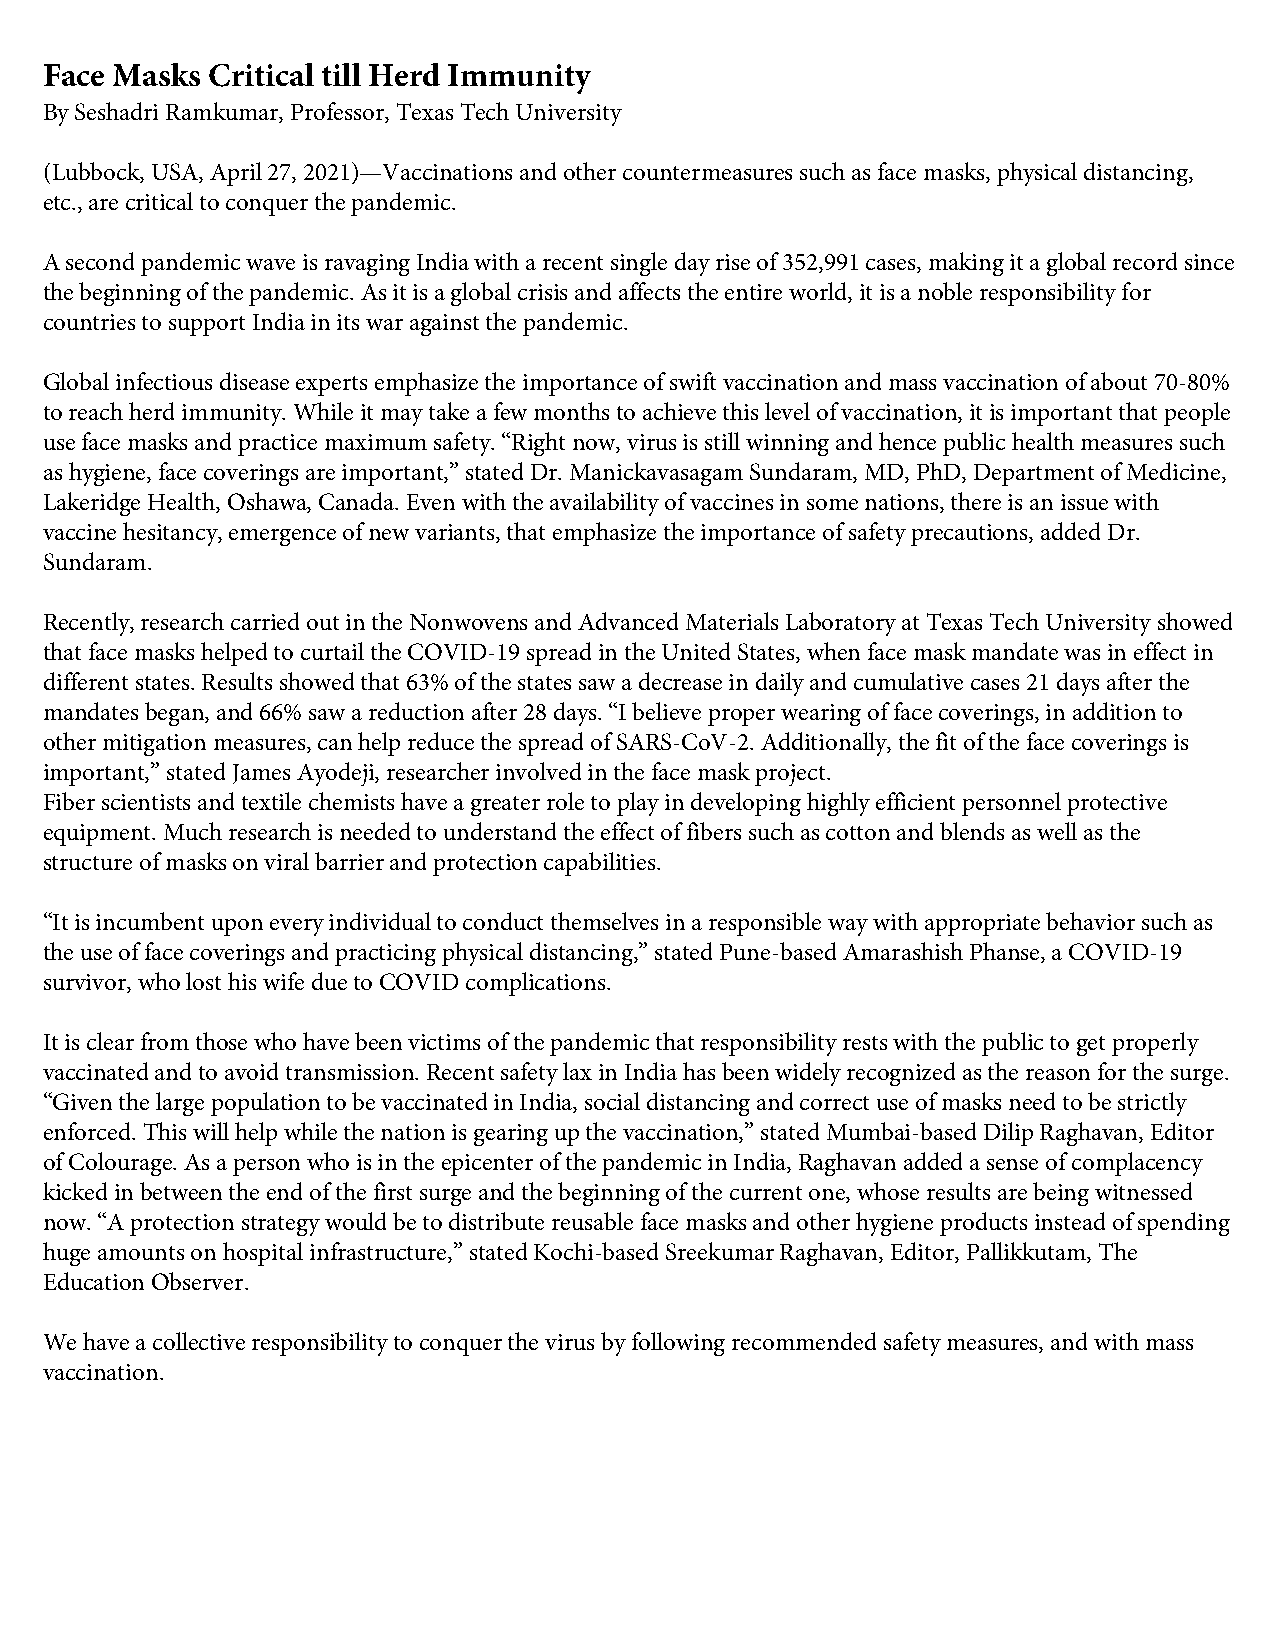
Face Masks Critical till Herd Immunity
 By Seshadri Ramkumar, Professor, Texas Tech University
 (Lubbock, USA, April 27, 2021)—Vaccinations and other countermeasures such as face masks, physical distancing,
 etc., are critical to conquer the pandemic.
 A second pandemic wave is ravaging India with a recent single day rise of 352,991 cases, making it a global record since
 the beginning of the pandemic. As it is a global crisis and affects the entire world, it is a noble responsibility for
 countries to support India in its war against the pandemic.
 Global infectious disease experts emphasize the importance of swift vaccination and mass vaccination of about 70-80%
 to reach herd immunity. While it may take a few months to achieve this level of vaccination, it is important that people
 use face masks and practice maximum safety. “Right now, virus is still winning and hence public health measures such
 as hygiene, face coverings are important,” stated Dr. Manickavasagam Sundaram, MD, PhD, Department of Medicine,
 Lakeridge Health, Oshawa, Canada. Even with the availability of vaccines in some nations, there is an issue with
 vaccine hesitancy, emergence of new variants, that emphasize the importance of safety precautions, added Dr.
 Sundaram.
 Recently, research carried out in the Nonwovens and Advanced Materials Laboratory at Texas Tech University showed
 that face masks helped to curtail the COVID-19 spread in the United States, when face mask mandate was in effect in
 different states. Results showed that 63% of the states saw a decrease in daily and cumulative cases 21 days after the
 mandates began, and 66% saw a reduction after 28 days. “I believe proper wearing of face coverings, in addition to
 other mitigation measures, can help reduce the spread of SARS-CoV-2. Additionally, the fit of the face coverings is
 important,” stated James Ayodeji, researcher involved in the face mask project.
 Fiber scientists and textile chemists have a greater role to play in developing highly efficient personnel protective
 equipment. Much research is needed to understand the effect of fibers such as cotton and blends as well as the
 structure of masks on viral barrier and protection capabilities.
 “It is incumbent upon every individual to conduct themselves in a responsible way with appropriate behavior such as
 the use of face coverings and practicing physical distancing,” stated Pune-based Amarashish Phanse, a COVID-19
 survivor, who lost his wife due to COVID complications.
 It is clear from those who have been victims of the pandemic that responsibility rests with the public to get properly
 vaccinated and to avoid transmission. Recent safety lax in India has been widely recognized as the reason for the surge.
 “Given the large population to be vaccinated in India, social distancing and correct use of masks need to be strictly
 enforced. This will help while the nation is gearing up the vaccination,” stated Mumbai-based Dilip Raghavan, Editor
 of Colourage. As a person who is in the epicenter of the pandemic in India, Raghavan added a sense of complacency
 kicked in between the end of the first surge and the beginning of the current one, whose results are being witnessed
 now. “A protection strategy would be to distribute reusable face masks and other hygiene products instead of spending
 huge amounts on hospital infrastructure,” stated Kochi-based Sreekumar Raghavan, Editor, Pallikkutam, The
 Education Observer.
 We have a collective responsibility to conquer the virus by following recommended safety measures, and with mass
 vaccination.